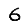
Digit: 6